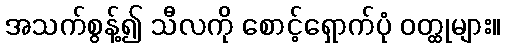
အသက်စွန့်၍ သီလကို စောင့်ရှောက်ပုံ ဝတ္ထုများ။